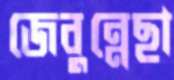
জেবুন্নেছা